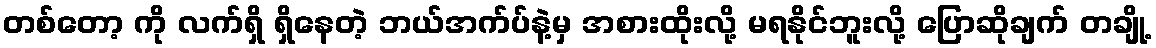
တစ်တော့ ကို လက်ရှိ ရှိနေတဲ့ ဘယ်အက်ပ်နဲ့မှ အစားထိုးလို့ မရနိုင်ဘူးလို့ ပြောဆိုချက် တချို့